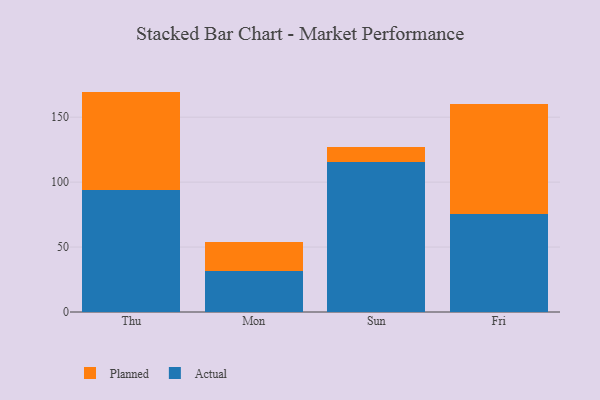
{"axis": {"x": "Day", "y": "Gross Profit (USD K)"}, "legend": ["Actual", "Planned"], "data": [{"x": "Thu", "y": 94.0, "type": "Actual"}, {"x": "Thu", "y": 75.7, "type": "Planned"}, {"x": "Mon", "y": 31.7, "type": "Actual"}, {"x": "Mon", "y": 22.3, "type": "Planned"}, {"x": "Sun", "y": 115.8, "type": "Actual"}, {"x": "Sun", "y": 11.2, "type": "Planned"}, {"x": "Fri", "y": 75.5, "type": "Actual"}, {"x": "Fri", "y": 84.6, "type": "Planned"}]}